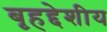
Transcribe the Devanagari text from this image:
बृहद्देशीय